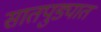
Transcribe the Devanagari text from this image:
सातपुड्यात